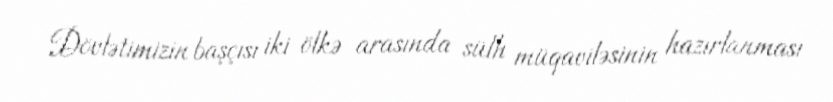
Dövlətimizin başçısı iki ölkə arasında sülh müqaviləsinin hazırlanması